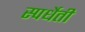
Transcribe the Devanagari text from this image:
स्पर्धेती